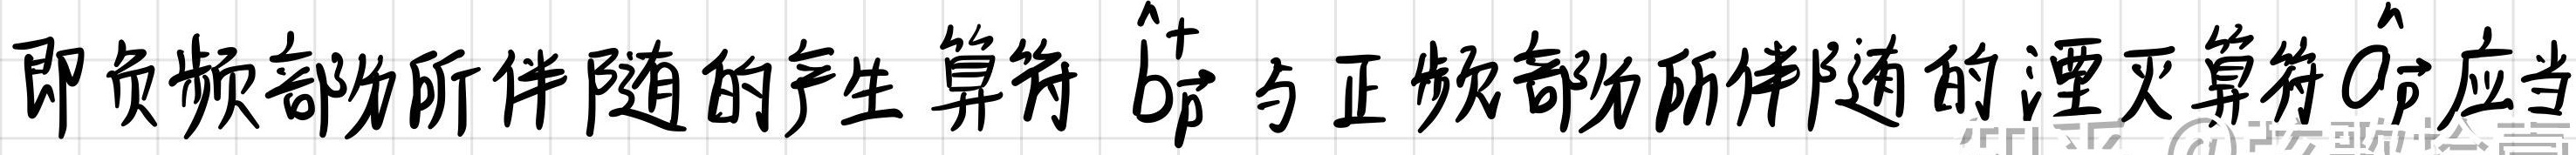
即负频部分所伴随的产生算符$\hat{b}_{\vec{p}}^{+}$与正频部分所伴随的湮灭算符$\hat{a}_{\vec{p}}$应当